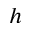
h